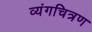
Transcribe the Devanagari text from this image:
व्यंगचित्रण